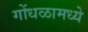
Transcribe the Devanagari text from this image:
गोंधळामध्ये